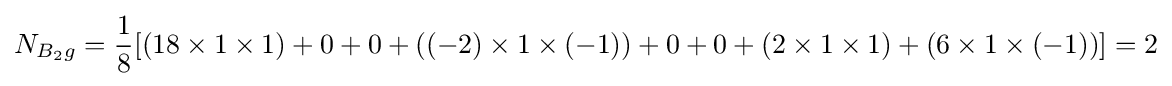
N_{B_{2}g}={\frac {1}{8}}[(18\times 1\times 1)+0+0+((-2)\times 1\times (-1))+0+0+(2\times 1\times 1)+(6\times 1\times (-1))]=2